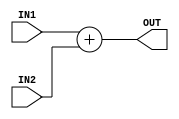
`timescale 1ns/100ps

module adder(IN1, IN2, OUT);
    input[31:0] IN1;
    input[31:0] IN2;
    output reg[31:0] OUT;

    always@(*) begin
        #2
        OUT = IN1+IN2;
    end
endmodule

module adder_4(IN1,OUT);
    input [31:0] IN1;
    //input[31:0] IN2;
    output [31:0] OUT;

    assign #1 OUT = IN1 + 32'd4;
    
endmodule


module adder_4_tb;

reg [31:0] IN1;
wire [31:0] OUT;

adder_4   adder(IN1, OUT);

initial begin
    IN1 = 32'd10;
	#10;
	$display("IN1 : %d\tOUT : %d",IN1, OUT);
	IN1 = 32'd128;
	#10;
	$display("IN1 : %d\tOUT : %d",IN1, OUT);
	
end

endmodule